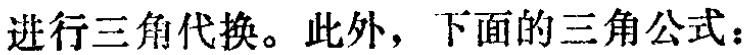
进行三角代换。此外，下面的三角公式：